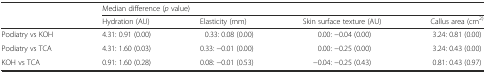
<table><thead><tr><td rowspan="2"></td><td colspan="4"><b>Median difference (<i>p</i> value)</b></td></tr><tr><td><b>Hydration (AU)</b></td><td><b>Elasticity (mm)</b></td><td><b>Skin surface texture (AU)</b></td><td><b>Callus area (cm<sup>2)</sup></b></td></tr></thead><tbody><tr><td>Podiatry vs KOH</td><td>4.31: 0.91 (0.00)</td><td>0.33: 0.08 (0.00)</td><td>0.00: −0.04 (0.00)</td><td>3.24: 0.81 (0.00)</td></tr><tr><td>Podiatry vs TCA</td><td>4.31: 1.60 (0.03)</td><td>0.33: −0.01 (0.00)</td><td>0.00: −0.25 (0.00)</td><td>3.24: 0.43 (0.00)</td></tr><tr><td>KOH vs TCA</td><td>0.91: 1.60 (0.28)</td><td>0.08: −0.01 (0.53)</td><td>−0.04: −0.25 (0.43)</td><td>0.81: 0.43 (0.97)</td></tr></tbody></table>